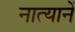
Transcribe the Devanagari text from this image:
नात्यानें